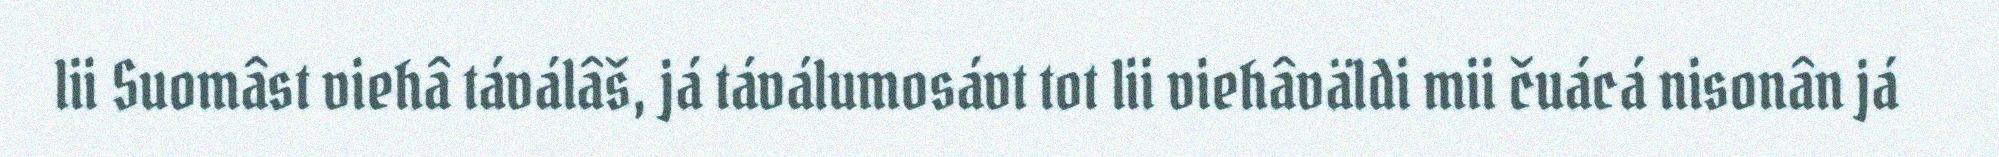
lii Suomâst viehâ táválâš, já táválumosávt tot lii viehâväldi mii čuácá nisonân já